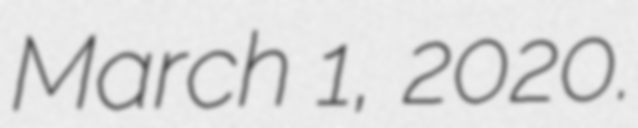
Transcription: March 1, 2020.